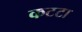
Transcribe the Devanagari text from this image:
कटटा